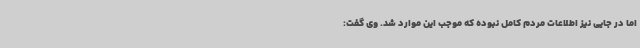
اما در جایی نیز اطلاعات مردم کامل نبوده که موجب این موارد شد. وی گفت: